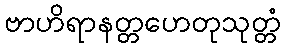
ဗာဟိရာနတ္တဟေတုသုတ္တံ